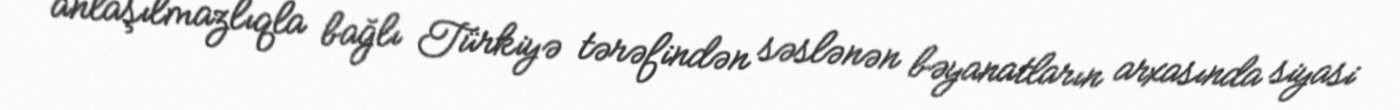
anlaşılmazlıqla bağlı Türkiyə tərəfindən səslənən bəyanatların arxasında siyasi